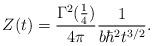
LaTeX: \begin{align*}Z(t) = {\Gamma^2({1\over4}) \over 4 \pi}{1\over b \hbar^2 t^{3/2}}.\end{align*}